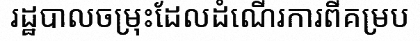
រដ្ឋបាលចម្រុះដែលដំណើរការពីគម្រប